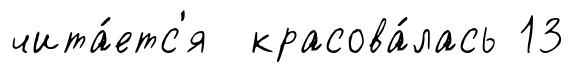
чита́етс'я красова́лась 13